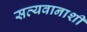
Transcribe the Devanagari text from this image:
सत्यवानाशी